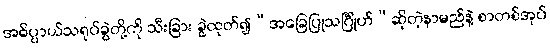
အဓိပ္ပာယ်သရုပ်ခွဲတို့ကို သီးခြား ခွဲထုတ်၍“အခြေပြုသင်္ဂြိုဟ်”ဆိုတဲ့နာမည်နဲ့ စာတစ်အုပ်